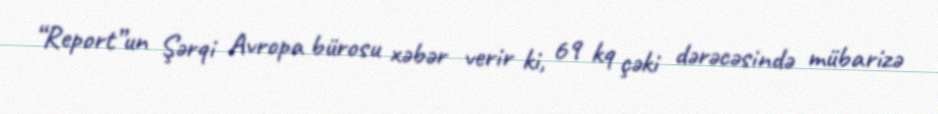
“Report”un Şərqi Avropa bürosu xəbər verir ki, 69 kq çəki dərəcəsində mübarizə